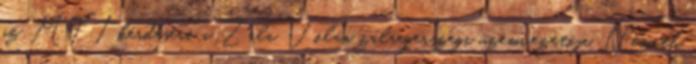
az MTI kérdésére a Zala Volán zalaegerszegi üzemvezetője. Németh